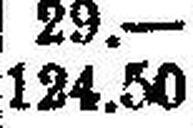
124.50